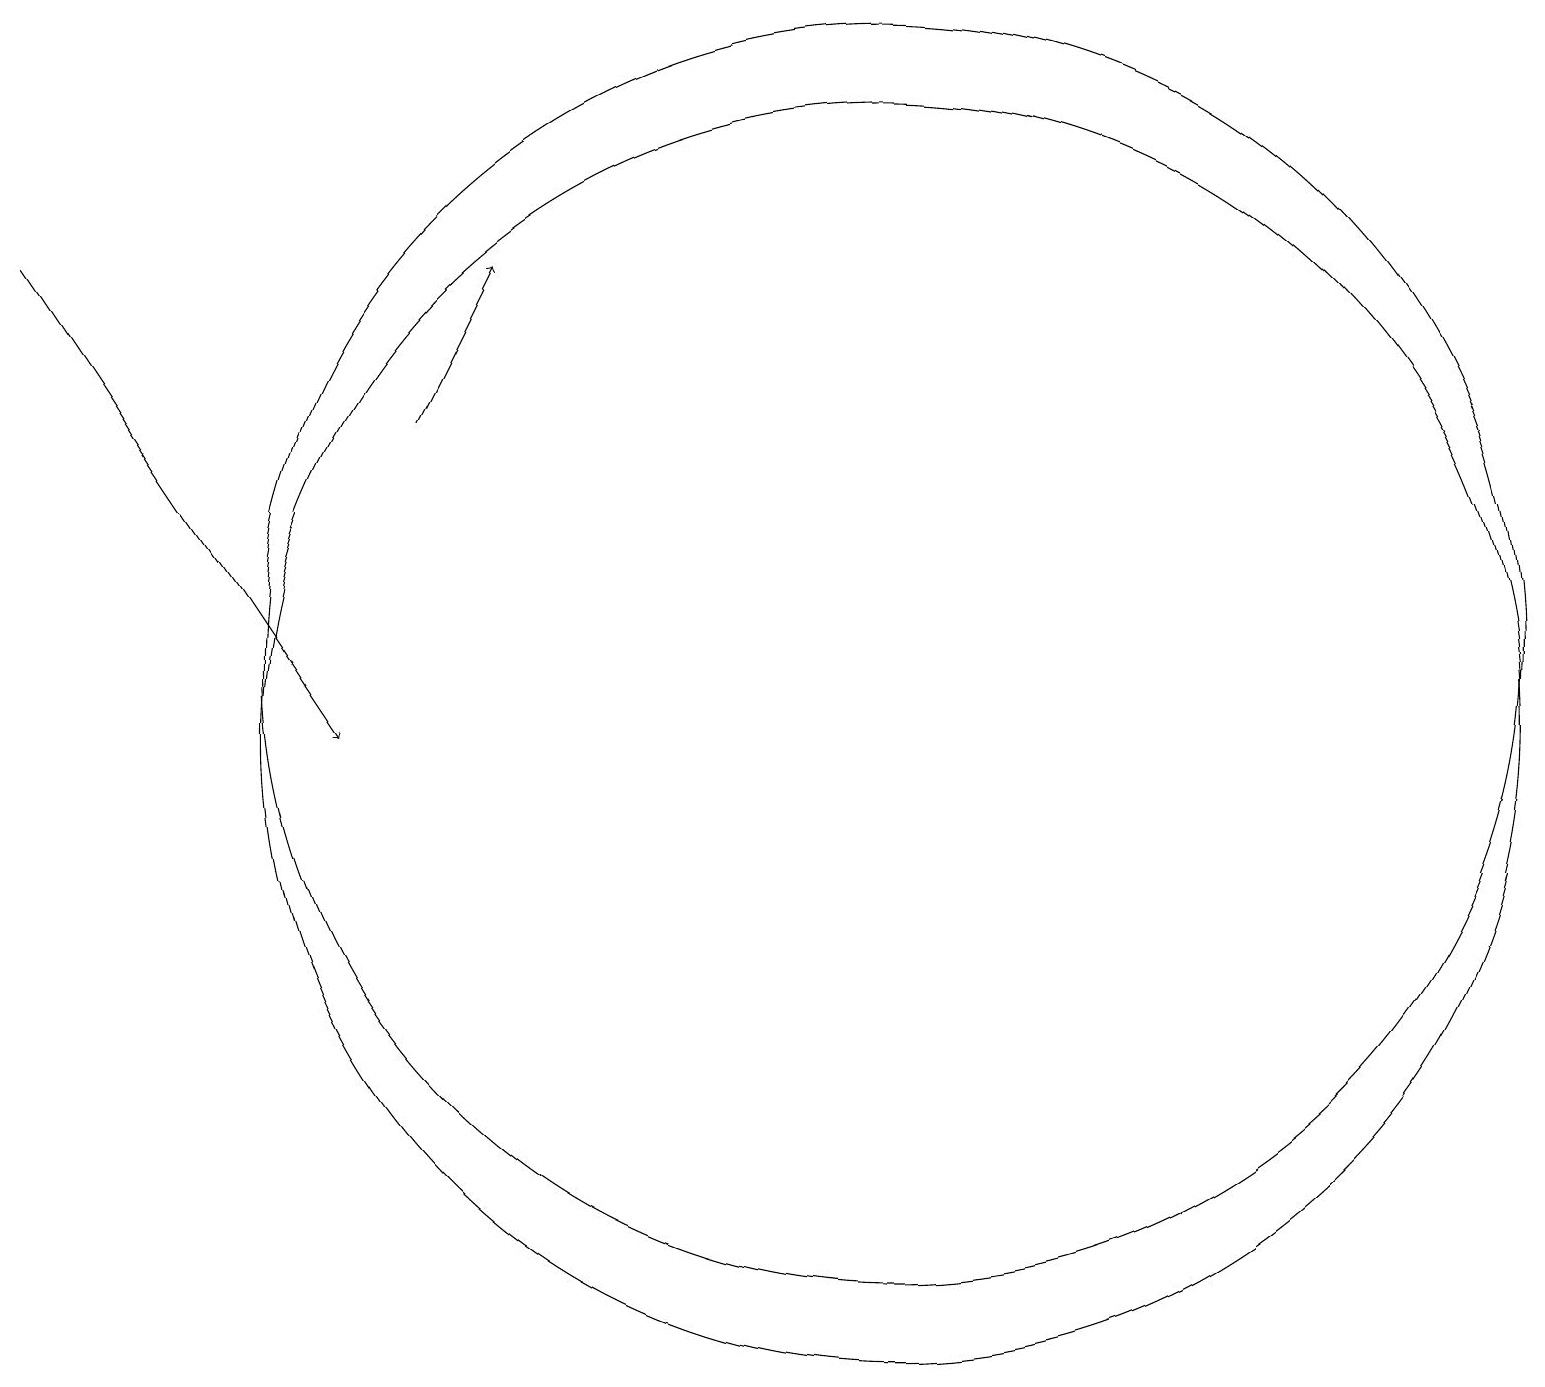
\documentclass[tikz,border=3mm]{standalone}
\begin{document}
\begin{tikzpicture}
\draw (11,10) circle (8);
\draw (11,11) circle (8);
\draw[->] (0,16) -- (4,10);
\draw[->] (5,14) -- (6,16);
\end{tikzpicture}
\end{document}